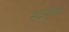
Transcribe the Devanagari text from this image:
मद्गुरुः